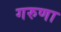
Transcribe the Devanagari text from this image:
गरुणा